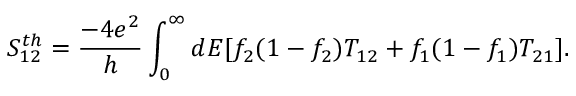
S _ { 1 2 } ^ { t h } = \frac { - 4 e ^ { 2 } } { h } \int _ { 0 } ^ { \infty } d E [ f _ { 2 } ( 1 - f _ { 2 } ) T _ { 1 2 } + f _ { 1 } ( 1 - f _ { 1 } ) T _ { 2 1 } ] .